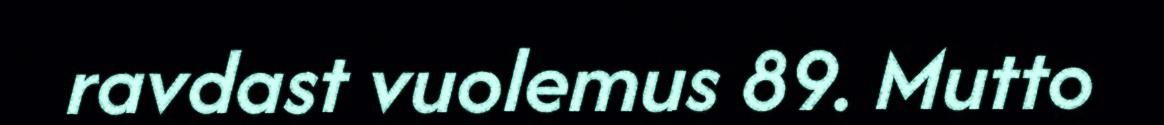
ravdast vuolemus 89. Mutto